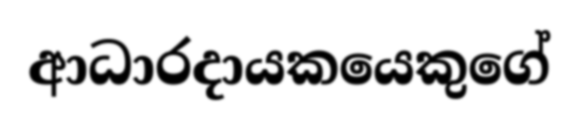
ආධාරදායකයෙකුගේ